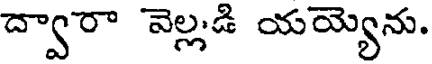
ద్వారా వెల్లడి యయ్యెను.